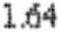
1.64